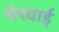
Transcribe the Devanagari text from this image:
भेरवाई